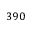
3 9 0